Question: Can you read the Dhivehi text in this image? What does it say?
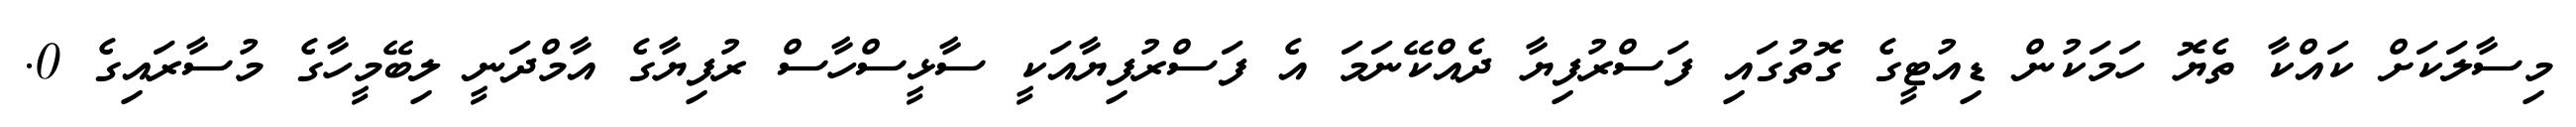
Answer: މިސާލަކަށް ކައްކާ ތެޔޮ ހަމަކުން ޑިއުޓީގެ ގޮތުގައި ފަސްރުފިޔާ ދެއްކޭނަމަ އެ ފަސްރުފިޔާއަކީ ސާޅީސްހާސް ރުފިޔާގެ އާމްދަނީ ލިބޭމީހާގެ މުސާރައިގެ 0.